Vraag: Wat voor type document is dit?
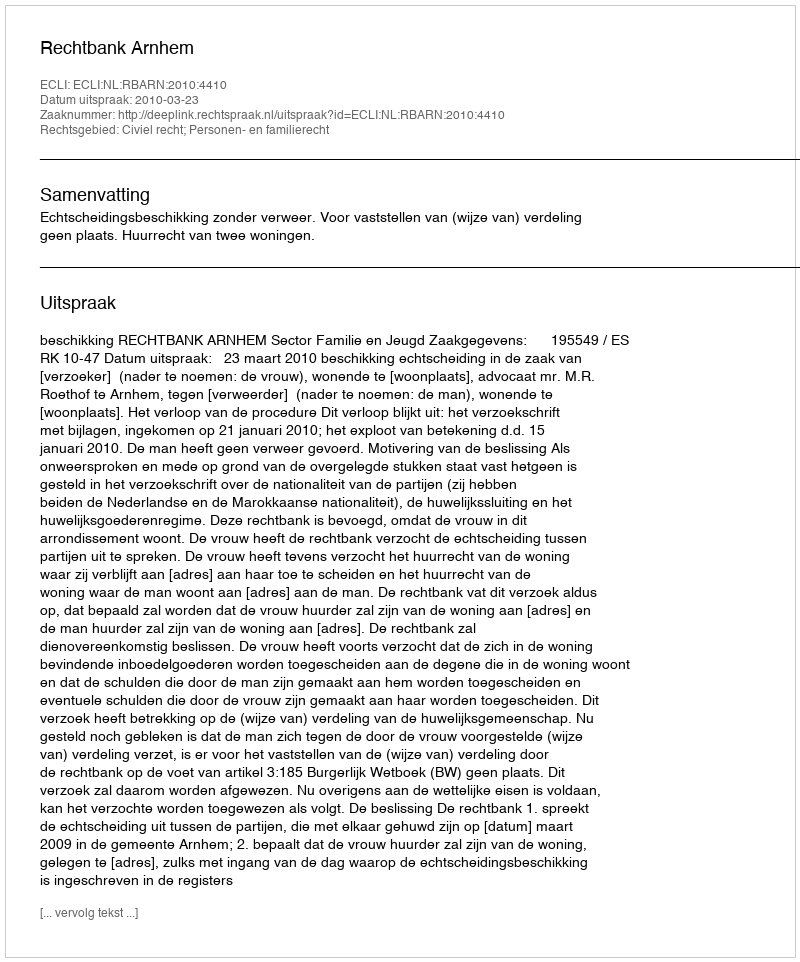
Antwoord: Uitspraak